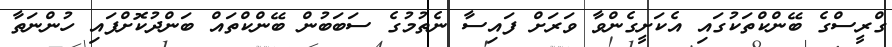
ގްރީސްގެ ބޭންކްތަކުގައި އެކަށީގެންވާ ވަރަށް ފައިސާ ނެތުމުގެ ސަބަބުން ބޭންކްތައް ބަންދުކޮށްފައި ހުންނަތާ